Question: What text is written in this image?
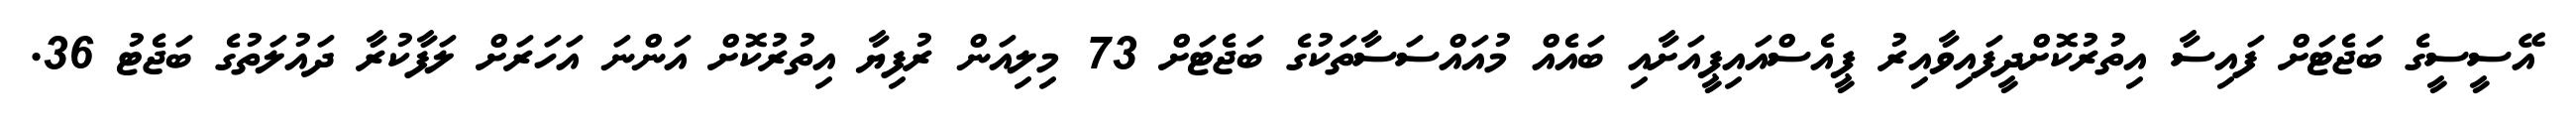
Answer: އޭސީސީގެ ބަޖެޓަށް ފައިސާ އިތުރުކޮށްދީފައިވާއިރު ޕީއެސްއައިޕީއަށާއި ބައެއް މުއައްސަސާތަކުގެ ބަޖެޓަށް 73 މިލިއަން ރުފިޔާ އިތުރުކޮށް އަންނަ އަހަރަށް ލަފާކުރާ ދައުލަތުގެ ބަޖެޓު 36.